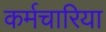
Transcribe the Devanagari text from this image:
कर्मचारिया